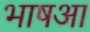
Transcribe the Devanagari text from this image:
भाषआ